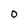
Character: 0